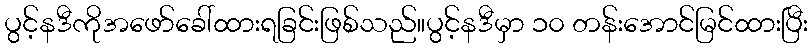
ပွင့်နဒီကိုအဖော်ခေါ်ထားရခြင်းဖြစ်သည်။ပွင့်နဒီမှာ ၁၀ တန်းအောင်မြင်ထားပြီး